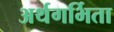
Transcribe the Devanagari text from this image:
अर्थगर्भिता